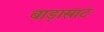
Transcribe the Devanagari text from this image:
बाड़ासाट